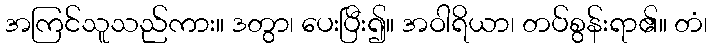
အကြင်သူသည်ကား။ ဒတွာ၊ ပေးပြီး၍။ အဝါရိယာ၊ တပ်စွန်းရာ၏။ တံ၊